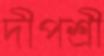
দীপশ্রী